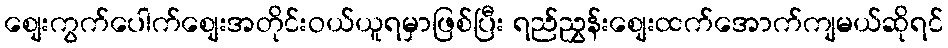
စျေးကွက်ပေါက်စျေးအတိုင်းဝယ်ယူရမှာဖြစ်ပြီး ရည်ညွှန်းစျေးထက်အောက်ကျမယ်ဆိုရင်